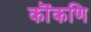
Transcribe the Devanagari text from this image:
कॊंकणि